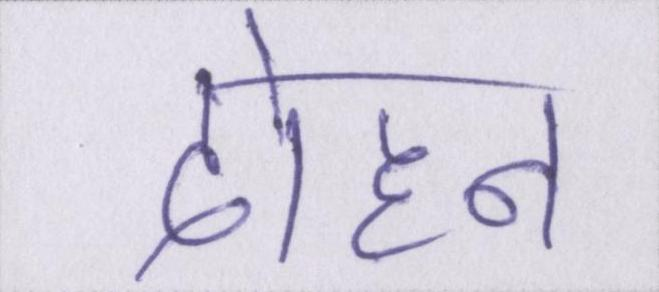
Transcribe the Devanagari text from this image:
दोहन